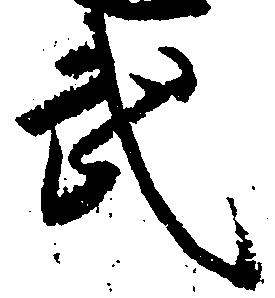
武